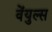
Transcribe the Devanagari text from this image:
वेंयुल्स